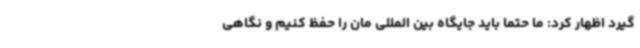
گیرد اظهار کرد: ما حتما باید جایگاه بین المللی مان را حفظ کنیم و نگاهی